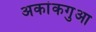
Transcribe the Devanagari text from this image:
अकांकगुआ